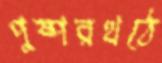
পুষ্পরথঠে